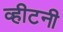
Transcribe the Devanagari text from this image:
व्हीटनी